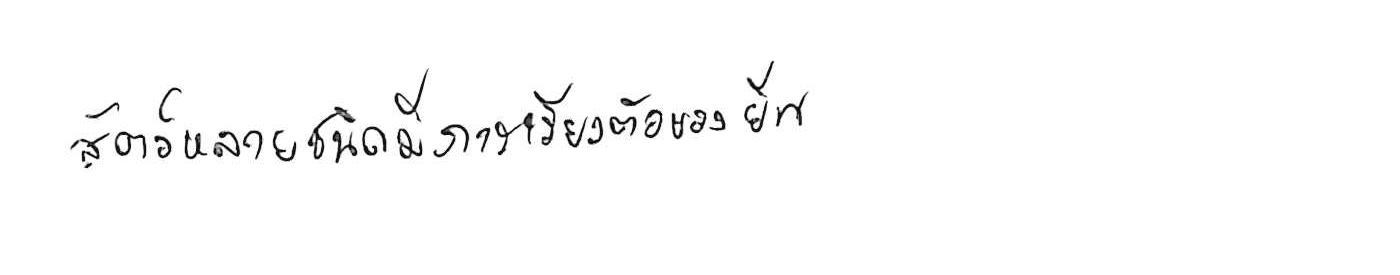
สัตว์หลายชนิดมีการเรียงตัวของยีน